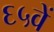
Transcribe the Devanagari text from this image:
६५वें